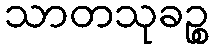
သာတသုခဉ္စ